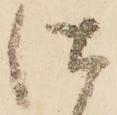
仕